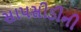
સાપસીડીની